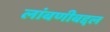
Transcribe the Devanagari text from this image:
लांबणीबद्दल